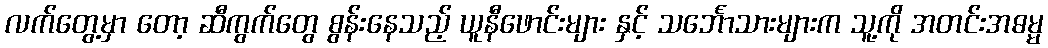
လက်တွေ့မှာ တော့ ဆီကွက်တွေ စွန်းနေသည့် ယူနီဖောင်းများ နှင့် သင်္ဘောသားများက သူ့ကို အတင်းအဓမ္မ